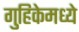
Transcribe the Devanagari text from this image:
गुहिकेमध्ये